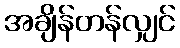
အချိန်တန်လျှင်